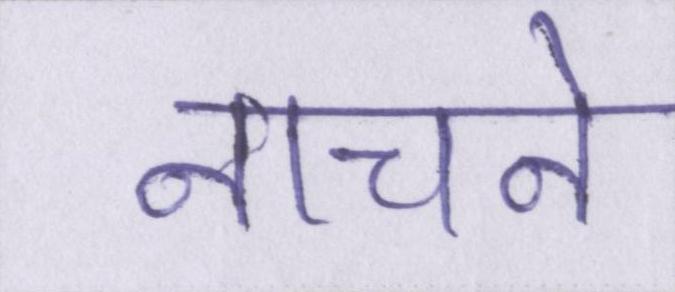
नाचने